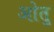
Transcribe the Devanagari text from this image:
ओतु